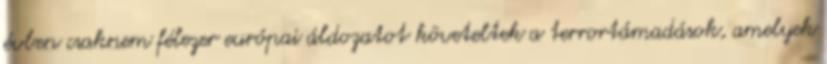
évben csaknem félezer európai áldozatot követeltek a terrortámadások, amelyek